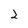
Character: 2